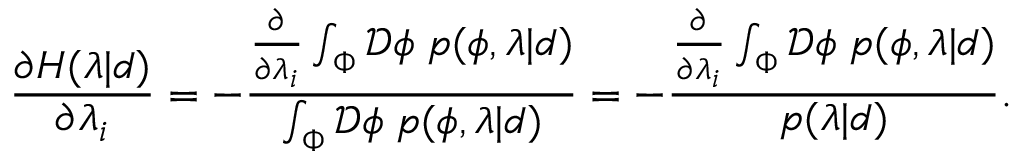
\frac { \partial H ( \lambda | d ) } { \partial \lambda _ { i } } = - \frac { \frac { \partial } { \partial \lambda _ { i } } \int _ { \Phi } \mathcal { D } \phi \; p ( \phi , \lambda | d ) } { \int _ { \Phi } \mathcal { D } \phi \; p ( \phi , \lambda | d ) } = - \frac { \frac { \partial } { \partial \lambda _ { i } } \int _ { \Phi } \mathcal { D } \phi \; p ( \phi , \lambda | d ) } { p ( \lambda | d ) } .